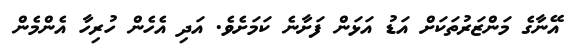
އޭނާގެ މަންޒަރުތަކަށް އަޑު އަޅަން ފަށާނެ ކަމަށެވެ. އަދި އެހެން ހުރިހާ އެންމެން